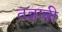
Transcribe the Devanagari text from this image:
तज्ञान्नी